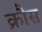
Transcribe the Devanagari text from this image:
क्रौस